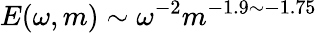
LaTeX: E(\omega,m)\sim\omega^{-2}m^{-1.9\sim-1.75}